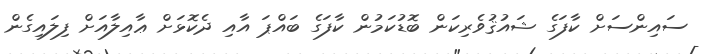
ސައިންސަށް ކާފަގެ ޝައުޤުވެރިކަން ބޮޑުކަމުން ކާފަގެ ބައްޕަ އާއި ދެކޮޅަށް ޢާއިލާއަށް ފިލައިގެން